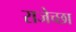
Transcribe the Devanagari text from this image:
राजेच्छा